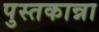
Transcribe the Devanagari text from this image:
पुस्तकान्ना